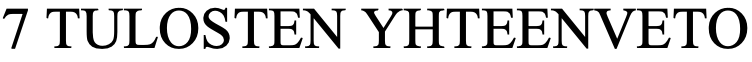
7 TULOSTEN  YHTEENVETO